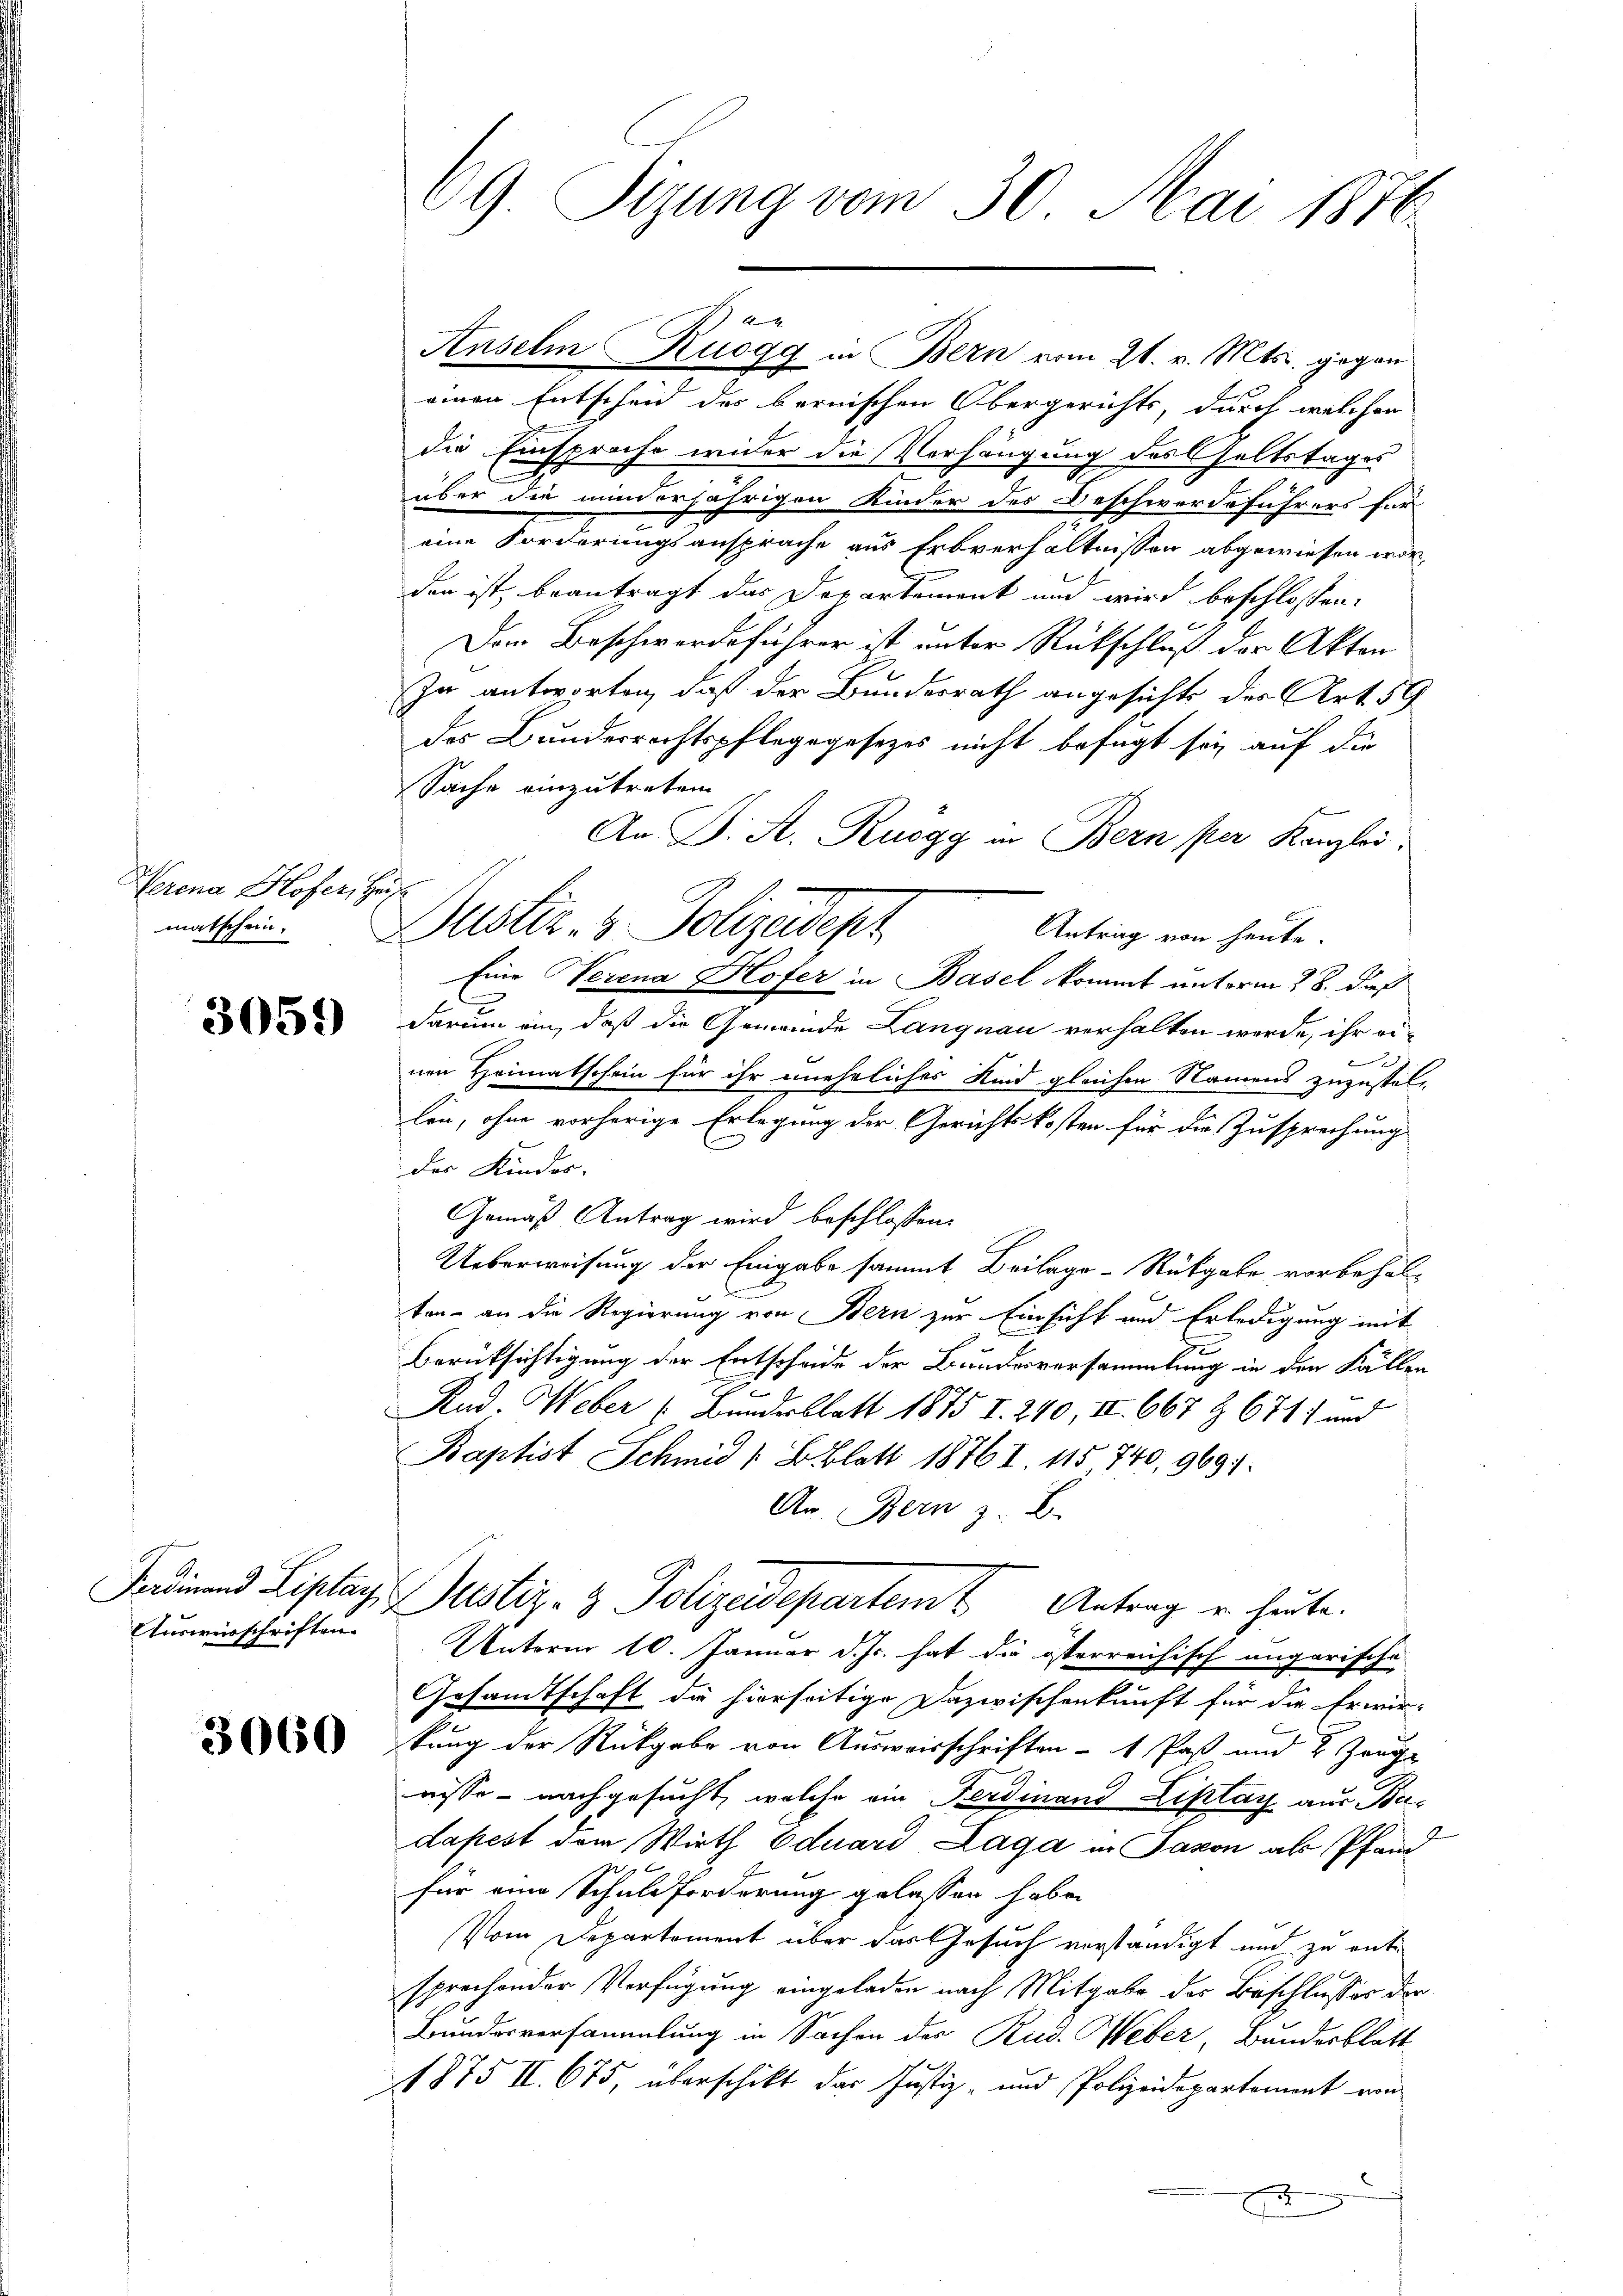
Herena Hoferit
matschein.

3059

Ausweisschriften

3060

69. Sizung vom 30. Mai 1876

A

t

Anselm Ruegg in Bern vom 21. v. Mts. gegen
einen Entscheid des bernischen Obergerichts, durch welcher
die Einsprache wider die Vorhängung des Geltstages
über die minderjährigen Kinder des Beschwerdeführers für
eine Forderungsansprache aus Erbverhältnissen abgewiesen worden ist, beantragt das Departement und wird beschlossen:
Den Beschwerdeführer ist unter Rückschluß der Akten
In antworten, daß der Bundesrath angesichte der Art. 59
des Bundesrechtspflegegesezes nicht befugt sei, auf die
Sache einzutreten
An P. A. Ruegg in Bern per Kanzlei,
Bustiz- & Polizeidesh
Antrag von heute.
Eine Verena Hofer in Basel kommt unterm 28. dieß
darum ein, daß die Gemeinde Langnau verhalten werde, ihr ei¬
1
nen Heimatschein für ihr uneheliches Kind gleichen Namens zuzustellin, ohne vorherige Erlegung der Gerichtskosten für die Zusprechung
der Kinder,
Gemäß Antrag wird beschlossen:
Ueberweisung der Eingabe sammt Beilage Rückgabe vorbehal¬
.
ten an die Regierung von Bern zur Einsicht und Erledigung mit
Berüksichtigung der Entscheide der Bundesversammlung in den Fällen
2
Rud. Weber (Bundesblatt 1875 I. 240, III 667 & 671) und
Baptist Schmid 1 Blatt 18767. 115 740, 969).
An. Bern z. B.
Fardinand Liplar Justiz- & Polizeidepartem Antrag u. heute.
Unterm 10. Januar d. Js. hat die österreichisch ungarische
Gesandtschaft die hierseitige Dazwischenkunft für die Erwir
kung der Rückgabe von Ausweisschriften 1 Paß und 2 Zeugnisse - nachgesucht, welche ein Ferdinand Listag aus Bedapest dem Wirth Eduard Laga in Savon als Pfand
z
für eine Schuldforderung gelassen habe.
Vom Departement über das Gesuch verständigt und zu ent
sprechender Verfügung eingeladen nach Mitgabe der Beschlusses der
Bundesversammlung in Sachen des Rud. Weber, Bundesblatt
1875 II. 675, überschikt der Justiz- und Polizeidepartement von
E